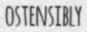
OSTENSIBLY